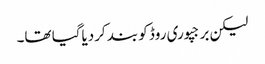
لیکن برجپوری روڈ کو بند کردیاگیا تھا۔